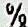
%